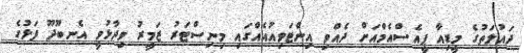
ދައުލަތުގެ މީޑިއާ ޕީއެސްއެމްއަށް ދެއްވި އިންޓަވިއުއެއްގައި މިނިސްޓަރު ޒަމީރު ވިދާޅުވީ އެނބޫދޫ ފަޅުގެ